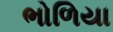
ભોળિયા